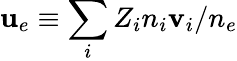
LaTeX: \textbf{u}_{e}\equiv\sum_{i}Z_{i}n_{i}\textbf{v}_{i}/n_{e}